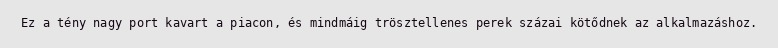
Ez a tény nagy port kavart a piacon, és mindmáig trösztellenes perek százai kötődnek az alkalmazáshoz.